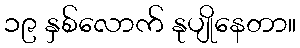
၁၉ နှစ်လောက် နုပျိုနေတာ။